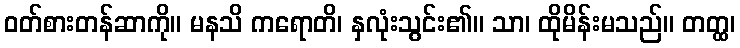
ဝတ်စားတန်ဆာကို။ မနသိ ကရောတိ၊ နှလုံးသွင်း၏။ သာ၊ ထိုမိန်းမသည်။ တတ္ထ၊